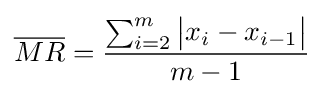
{\overline {MR}}={\frac {\sum _{i=2}^{m}{\big |}x_{i}-x_{i-1}{\big |}}{m-1}}